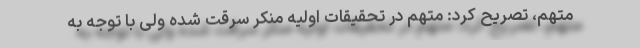
متهم، تصریح کرد: متهم در تحقیقات اولیه منکر سرقت شده ولی با توجه به